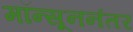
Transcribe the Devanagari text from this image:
मॉन्सूननंतर